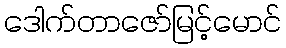
ဒေါက်တာဇော်မြင့်မောင်